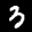
Label: 3